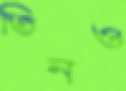
তিনও